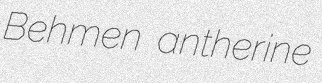
Behmen antherine